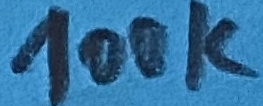
Text: 100K